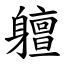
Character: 䡀